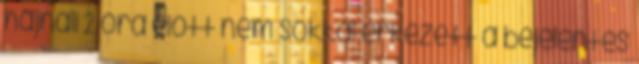
hajnali 2 óra előtt nem sokkal érkezett a bejelentés